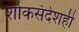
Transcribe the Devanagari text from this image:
शोकसंदेशही